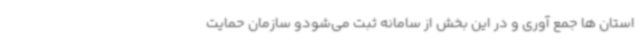
استان ها جمع آوری و در این بخش از سامانه ثبت می‌شودو سازمان حمایت